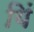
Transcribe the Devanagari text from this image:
यिं